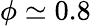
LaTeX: \phi\simeq 0.8